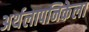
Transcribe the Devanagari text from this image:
अर्थलापनिकेला